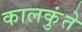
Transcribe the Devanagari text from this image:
कालकुंते